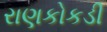
રાણકોકડી